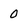
Character: o